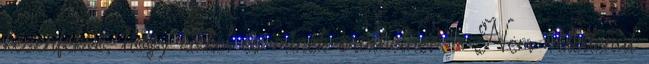
kézenfekvő, hogy kikkel és minek örülhetne? - Nem véletlenül